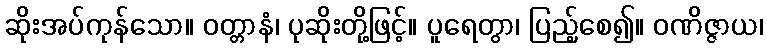
ဆိုးအပ်ကုန်သော။ ဝတ္တာနံ၊ ပုဆိုးတို့ဖြင့်။ ပူရေတွာ၊ ပြည့်စေ၍။ ဝဏိဇ္ဇာယ၊